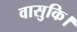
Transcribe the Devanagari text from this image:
वासुकि।